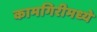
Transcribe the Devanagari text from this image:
कामगिरीमध्ये